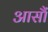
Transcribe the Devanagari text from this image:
आसौं